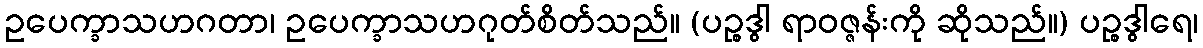
ဥပေက္ခာသဟဂတာ၊ ဥပေက္ခာသဟဂုတ်စိတ်သည်။ (ပဉ္စဒွါ ရာဝဇ္ဇန်းကို ဆိုသည်။) ပဉ္စဒွါရေ၊